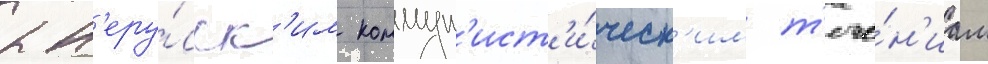
к н'еру́сск'им коммун'ист'и́ческ'им т'ече́н'иам